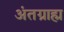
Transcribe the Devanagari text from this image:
अंतग्राह्म